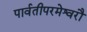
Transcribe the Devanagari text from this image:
पार्वतीपरमेश्वरौ